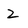
Character: z